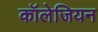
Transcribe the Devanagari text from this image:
कॉलेजियन